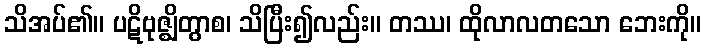
သိအပ်၏။ ပဋိဗုဇ္ဈိတွာစ၊ သိပြီး၍လည်း။ တဿ၊ ထိုလာလတသော ဘေးကို။